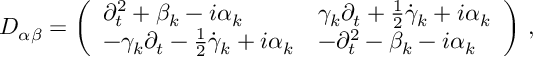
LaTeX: { \cal D } _ { \alpha \beta } = \left( \begin{array} { l l } { { \partial _ { t } ^ { 2 } + \beta _ { k } - i \alpha _ { k } } } & { { \gamma _ { k } \partial _ { t } + \textstyle { \frac { 1 } { 2 } } \dot { \gamma } _ { k } + i \alpha _ { k } } } \\ { { - \gamma _ { k } \partial _ { t } - \textstyle { \frac { 1 } { 2 } } \dot { \gamma } _ { k } + i \alpha _ { k } } } & { { - \partial _ { t } ^ { 2 } - \beta _ { k } - i \alpha _ { k } } } \end{array} \right) \, ,